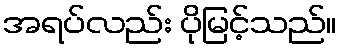
အရပ်လည်း ပိုမြင့်သည်။